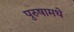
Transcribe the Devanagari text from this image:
पुरुषामधे